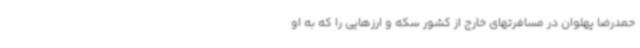
حمدرضا پهلوان در مسافرتهای خارج از کشور سکه و ارزهایی را که به او